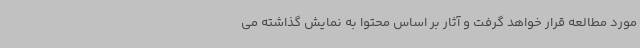
مورد مطالعه قرار خواهد گرفت و آثار بر اساس محتوا به نمایش گذاشته می